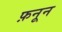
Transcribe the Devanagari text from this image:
फ़नून